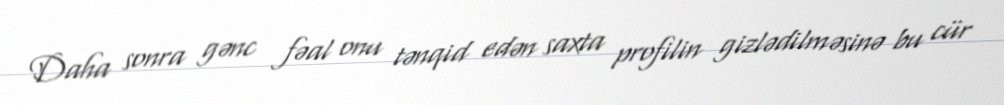
Daha sonra gənc fəal onu tənqid edən saxta profilin gizlədilməsinə bu cür